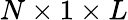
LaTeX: N\times 1\times L